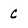
Character: C